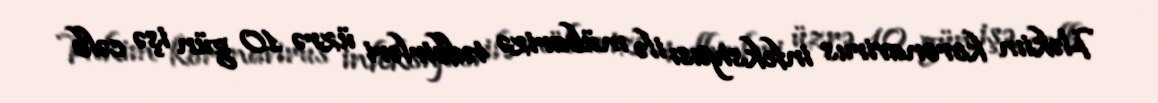
Həkim koronavirus infeksiyası ilə mübarizə tədbirləri üzrə 10 gün işə cəlb